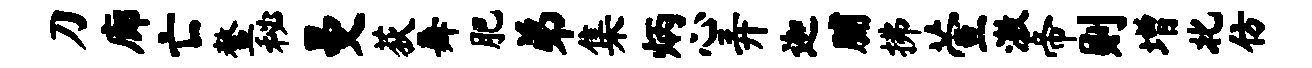
刀廊亡鳌秘曼荻舞肥弟集炳心弄迦脯拂萱激帝则增北仿